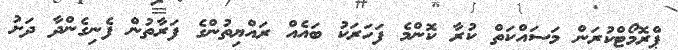
ޕްރޮމޯޓްކުރަން މަސައްކަތް ކުރާ ކޮންމެ ފަހަރަކު ބައެއް ރައްޔިތުންގެ ފަރާތުން ފެނިގެންދާ ދަށު